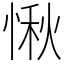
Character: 愀